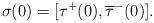
LaTeX: \begin{align*}\sigma(0)=[\tau^{+}(0),\overline{\tau}^{-}(0)].\end{align*}